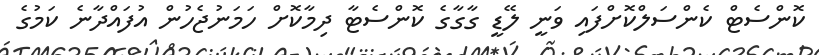
ކޮންސެޓް ކެންސަލްކޮށްފައި ވަނީ ލޭޑީ ގާގާގެ ކޮންސެޓާ ދިމާކޮށް ހަމަނުޖެހުން އުފައްދާނެ ކަމުގެ